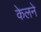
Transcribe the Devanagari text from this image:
केलने